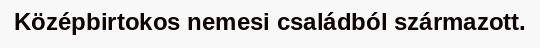
Középbirtokos nemesi családból származott.